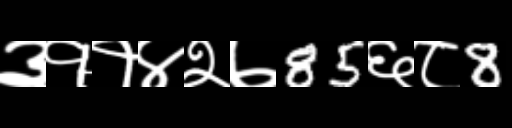
Text: ३११४२७85६८8